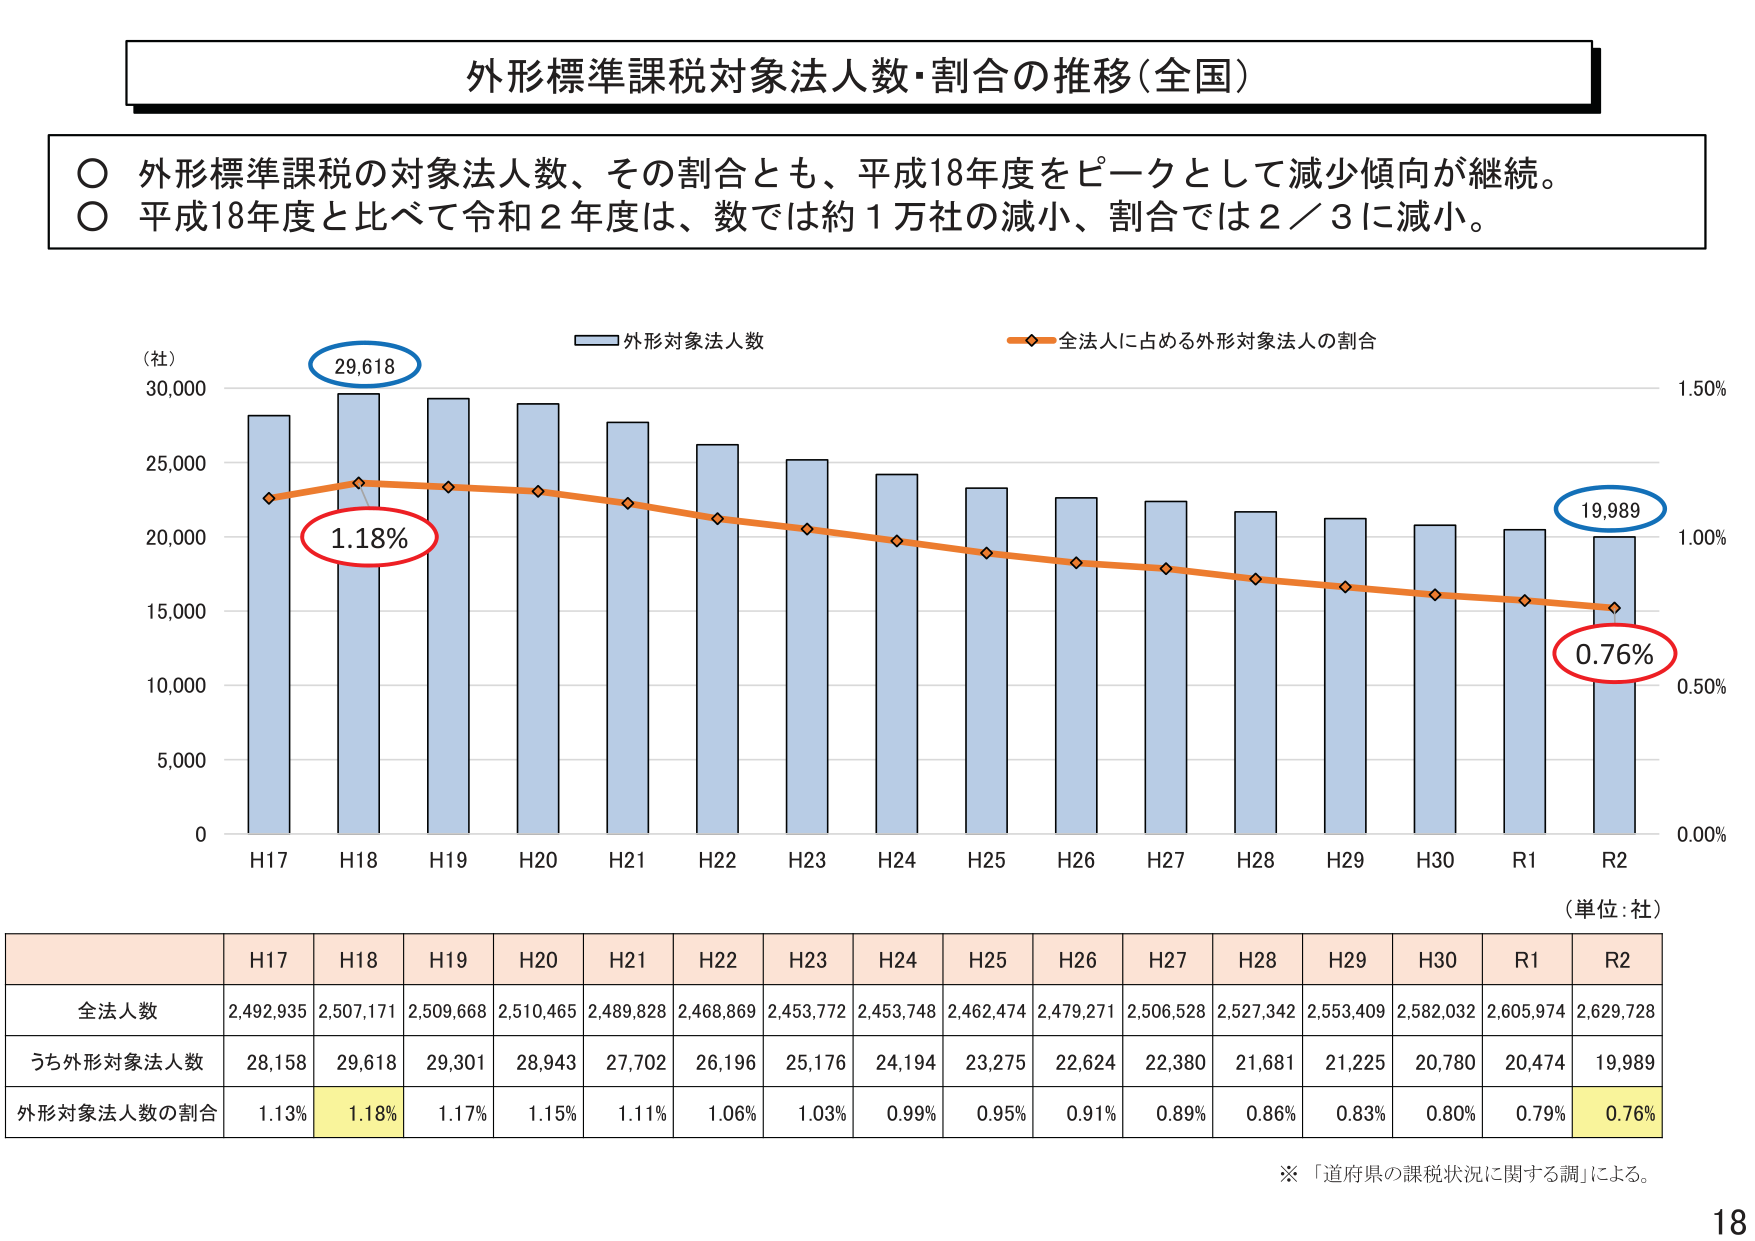
外形標準課税対象法人数・割合の推移（全国）

○ 外形標準課税の対象法人数、その割合とも、平成18年度をピークとして減少傾向が継続。
○ 平成18年度と比べて令和2年度は、数では約1万社の減小、割合では2／3に減小。

（社）
30,000
25,000
20,000
15,000
10,000
5,000
0

H17 H18 H19 H20 H21 H22 H23 H24 H25 H26 H27 H28 H29 H30 R1 R2

外形対象法人数
全法人に占める外形対象法人の割合

29,618
1.18%
19,989
0.76%

1.50%
1.00%
0.50%
0.00%

（単位：社）

H17 H18 H19 H20 H21 H22 H23 H24 H25 H26 H27 H28 H29 H30 R1 R2
全法人数 2,492,935 2,507,171 2,509,668 2,510,465 2,489,828 2,468,869 2,453,772 2,453,748 2,462,474 2,479,271 2,506,528 2,527,342 2,553,409 2,582,032 2,605,974 2,629,728
うち外形対象法人数 28,158 29,618 29,301 28,943 27,702 26,196 25,176 24,194 23,275 22,624 22,380 21,681 21,225 20,780 20,474 19,989
外形対象法人数の割合 1.13% 1.18% 1.17% 1.15% 1.11% 1.06% 1.03% 0.99% 0.95% 0.91% 0.89% 0.86% 0.83% 0.80% 0.79% 0.76%

※ 「道府県の課税状況に関する調」による。

18